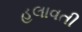
હલાવતી